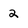
Character: 2